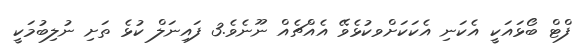
ފްޓް ބޯޅައަކީ އެކަނި އެކަކަށްވކުޅެވޭ އެއްޗެއް ނޫނެވެ.3 ފައިނަލް ކުޅެ ތަށި ނުލިބުމަކީ